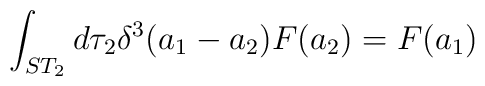
\int_{ST_2} d\tau_2 \delta^3 (a_1 - a_2) F(a_2) = F(a_1)